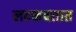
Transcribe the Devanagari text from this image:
लटकवतात